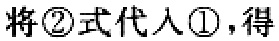
将\textcircled{2}式代入\textcircled{1}，得